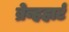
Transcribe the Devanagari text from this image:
ब्रेव्हहार्ट